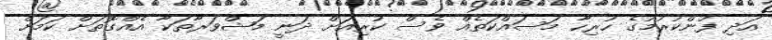
އަދި ފުންކުރުމުގެ ހުރިހާ މަސައްކަތެއް ވެސް ކުރިއަށް ދަނީ މަޝްވަރާތަކާ އެއްގޮތަށް ކަމަށް